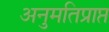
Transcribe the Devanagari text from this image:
अनुमतिप्राप्त